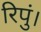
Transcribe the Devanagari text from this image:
रिपुं।